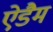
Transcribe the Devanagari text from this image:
ऐडैम